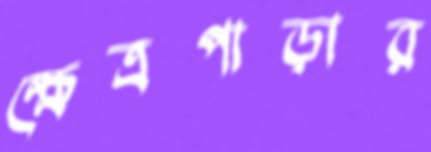
ক্ষেত্রপাড়ার